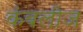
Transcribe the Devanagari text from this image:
कंबलीज